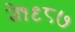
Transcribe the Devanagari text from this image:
ते१९८७